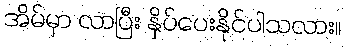
အိမ်မှာ လာပြီး နှိပ်ပေးနိုင်ပါသလား။